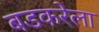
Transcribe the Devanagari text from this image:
बडकरेला